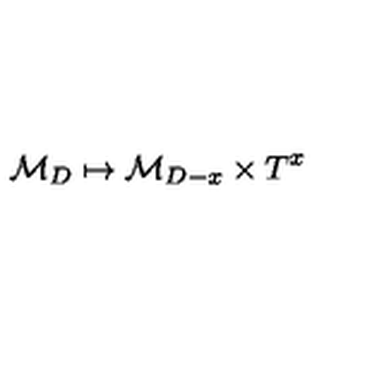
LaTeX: \mathcal { M } _ { D } \mapsto \mathcal { M } _ { D - x } \times T ^ { x }